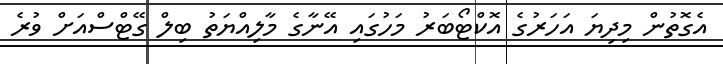
އެގޮތުން މިދިޔަ އަހަރުގެ އޮކްޓޯބަރު މަހުގައި އޭނާގެ މާލިއްޔަތު ބިލް ގޭޓްސްއަށް ވުރެ